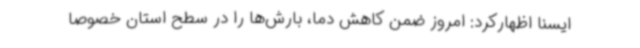
ایسنا اظهارکرد: امروز ضمن کاهش دما، بارش‌ها را در سطح استان خصوصا